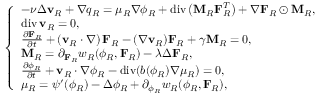
\left\{ \begin{array} { l l } { - \nu \Delta \mathbf { v } _ { R } + \nabla q _ { R } = \mu _ { R } \nabla \phi _ { R } + \ensuremath { \operatorname { d i v } } \left( \mathbf { M } _ { R } \mathbf { F } _ { R } ^ { T } \right) + \nabla \mathbf { F } _ { R } \odot \mathbf { M } _ { R } , } \\ { \ensuremath { \operatorname { d i v } } \mathbf { v } _ { R } = 0 , } \\ { \frac { \partial \mathbf { F } _ { R } } { \partial t } + \left( \mathbf { v } _ { R } \cdot \nabla \right) \mathbf { F } _ { R } - ( \nabla \mathbf { v } _ { R } ) \mathbf { F } _ { R } + \gamma \mathbf { M } _ { R } = 0 , } \\ { \mathbf { M } _ { R } = \partial _ { \mathbf { F } _ { R } } w _ { R } ( \phi _ { R } , \mathbf { F } _ { R } ) - \lambda \Delta \mathbf { F } _ { R } , } \\ { \frac { \partial \phi _ { R } } { \partial t } + \mathbf { v } _ { R } \cdot \nabla \phi _ { R } - \ensuremath { \operatorname { d i v } } ( b ( \phi _ { R } ) \nabla \mu _ { R } ) = 0 , } \\ { \mu _ { R } = \psi ^ { \prime } ( \phi _ { R } ) - \Delta \phi _ { R } + \partial _ { \phi _ { R } } w _ { R } ( \phi _ { R } , \mathbf { F } _ { R } ) , } \end{array} \right.